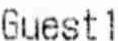
GUEST1